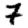
Digit: 7